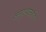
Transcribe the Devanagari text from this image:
अन्तःशास्त्रीय